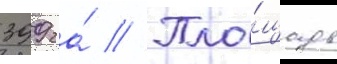
399 га́ // Пло́щадь